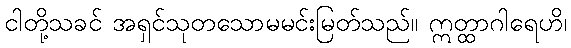
ငါတို့သခင် အရှင်သုတသောမမင်းမြတ်သည်။ ဣတ္ထာဂါရေဟိ၊